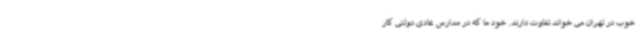
خوب در تهران می خواند تفاوت دارند. خود ما که در مدارس عادی دولتی کار